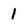
Character: 1